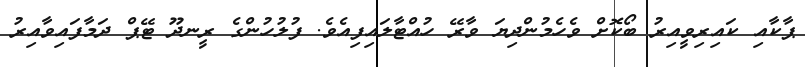
ޕާކާއި ކައިރިވީއިރު ބޯކޮށް ވެހެމުންދިޔަ ވާރޭ ހުއްޓާލައިފިއެވެ. ފުލުހުންގެ ރީނދޫ ޓޭޕް ދަމާފައިވާއިރު